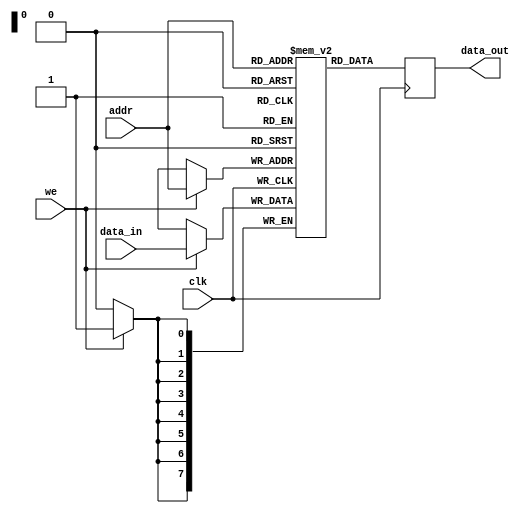
module single_port_ram #(
    parameter DATA_WIDTH = 8,   // Bit-width of each memory word
    parameter ADDR_WIDTH = 8     // Number of address lines
)(
    input wire clk,              // Clock signal
    input wire we,               // Write enable signal
    input wire [ADDR_WIDTH-1:0] addr,  // Address input
    input wire [DATA_WIDTH-1:0] data_in, // Data input
    output reg [DATA_WIDTH-1:0] data_out  // Data output
);

    // Calculate depth based on address width
    localparam DEPTH = 1 << ADDR_WIDTH; // 2^ADDR_WIDTH

    // Memory array declaration
    reg [DATA_WIDTH-1:0] ram [0:DEPTH-1];

    // Synchronous read and write operations
    always @(posedge clk) begin
        if (we) begin
            // Write operation
            ram[addr] <= data_in;
        end
        // Read operation
        data_out <= ram[addr];
    end

    // Optional: Initialization logic (could be added here if needed)

endmodule